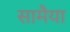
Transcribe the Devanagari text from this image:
सामैया